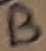
Text: B